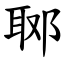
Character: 郰